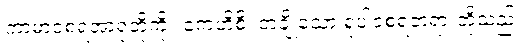
ကာမာဝစရအာရုံတို့ကို။ ကေဟိစိ၊ တချို့သော ရူပါဝစရတရားတို့သည်။